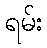
ရမ်း